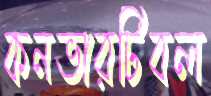
কনভারটিবল